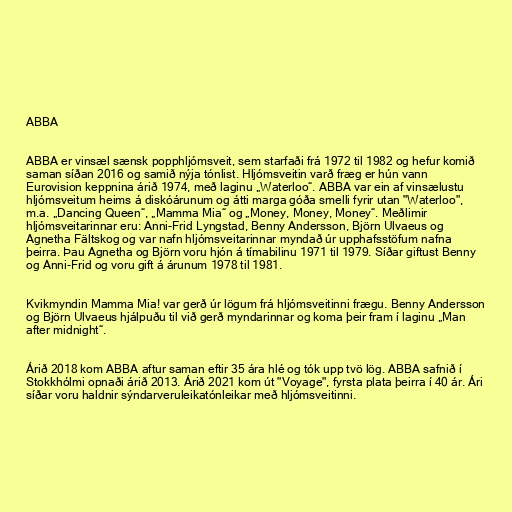
ABBA

ABBA er vinsæl sænsk popphljómsveit, sem starfaði frá 1972 til 1982 og hefur komið
saman síðan 2016 og samið nýja tónlist. Hljómsveitin varð fræg er hún vann
Eurovision keppnina árið 1974, með laginu „Waterloo“. ABBA var ein af vinsælustu
hljómsveitum heims á diskóárunum og átti marga góða smelli fyrir utan "Waterloo",
m.a. „Dancing Queen“, „Mamma Mia“ og „Money, Money, Money“. Meðlimir
hljómsveitarinnar eru: Anni-Frid Lyngstad, Benny Andersson, Björn Ulvaeus og
Agnetha Fältskog og var nafn hljómsveitarinnar myndað úr upphafsstöfum nafna
þeirra. Þau Agnetha og Björn voru hjón á tímabilinu 1971 til 1979. Síðar giftust Benny
og Anni-Frid og voru gift á árunum 1978 til 1981.

Kvikmyndin Mamma Mia! var gerð úr lögum frá hljómsveitinni frægu. Benny Andersson
og Björn Ulvaeus hjálpuðu til við gerð myndarinnar og koma þeir fram í laginu „Man
after midnight“.

Árið 2018 kom ABBA aftur saman eftir 35 ára hlé og tók upp tvö lög. ABBA safnið í
Stokkhólmi opnaði árið 2013. Árið 2021 kom út "Voyage", fyrsta plata þeirra í 40 ár. Ári
síðar voru haldnir sýndarveruleikatónleikar með hljómsveitinni.